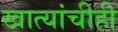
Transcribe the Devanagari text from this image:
खात्यांचीही